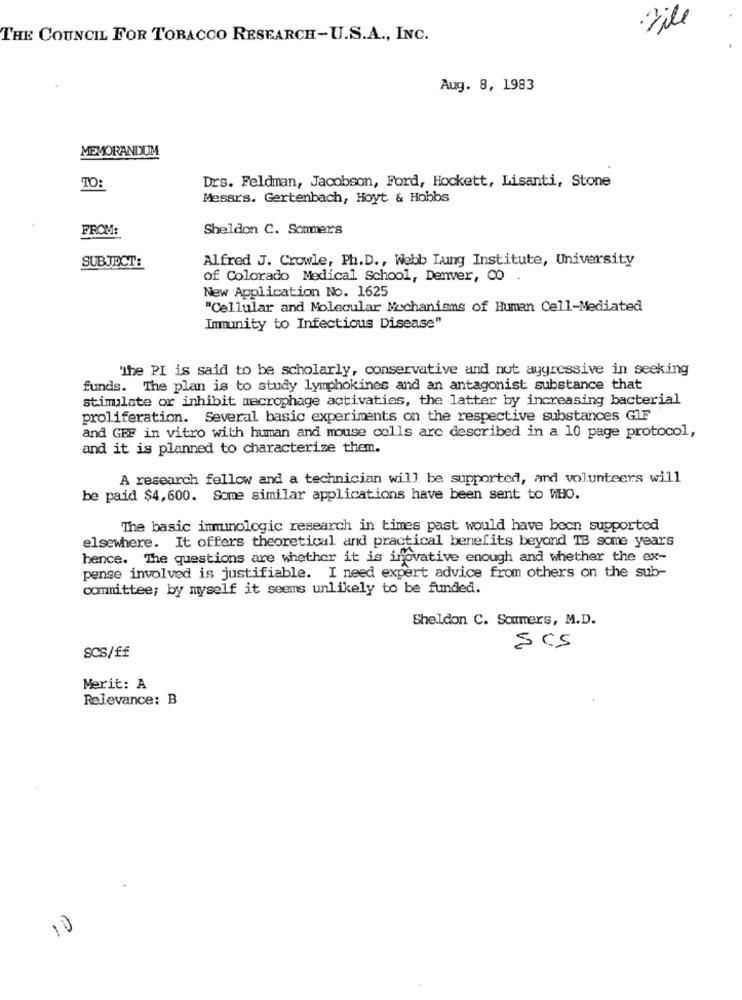
·File
THE COUNCIL FOR TOBACCO RESEARCH-U.S.A ., INC.
Aug. 8, 1983
MEMORANDUM
TO:
Drs. Feldman, Jacobson, Ford, Hockett, Lisanti, Stone
Messrs. Gertenbach, Hoyt & Hobbs
FROM:
Sheldon C. Sommers
Alfred J. Crowle, Ph.D ., Webb Lung Institute, University
SUBJECT:
of Colorado Medical School, Denver, CO
New Application No. 1625
"Cellular and Molecular Mechanisms of Human Cell-Mediated
Immunity to Infectious Disease"
'The PI is said to be scholarly, conservative and not aggressive in seeking
funds. The plan is to study lymphokines and an antagonist substance that
stimulate or inhibit macrophage activaties, the latter by increasing bacterial
proliferation. Several basic experiments on the respective substances GLF
and GEF in vitro with human and mouse cells are described in a 10 page protocol,
and it is planned to characterize them.
A research fellow and a technician will be supported, and volunteers will
be paid $4, 600. Some similar applications have been sent to WHO.
The basic immunologic research in times past would have been supported
elsewhere. It offers theoretical and practical benefits beyond TB some years
hence. The questions are whether it is inovative enough and whether the ex-
pense involved is justifiable. I need expert advice from others on the sub-
committee; by myself it seems unlikely to be funded.
Sheldon C. Sommers, M.D.
SCS
SCS/ff
Merit: A
Relevance: B